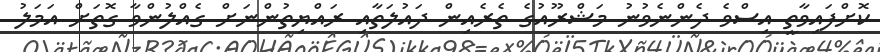
ކޮށްފައިވާތީ އިސްވެ ދެންނެވުނު މަޝްރޫއުގެ ތެރެއިން ދައުލަތާއި ރައްޔިތުންނަށް ގެއްލުންވާ ގޮތަށް އަމަލު